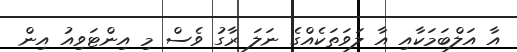
އާ އަލްބަމަކާއި އާ ލަވަތަކެއްގެ ނަލަ ރާގު ވެސް މި އިންޓަވިއު އިން